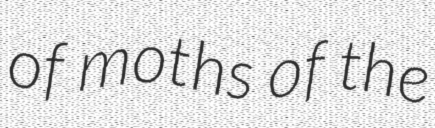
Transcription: of moths of the